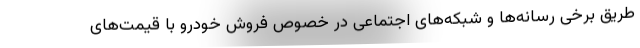
طریق برخی رسانه‌ها و شبکه‌های اجتماعی در خصوص فروش خودرو با قیمت‌های